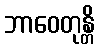
ဘာဝေတုန္တိ